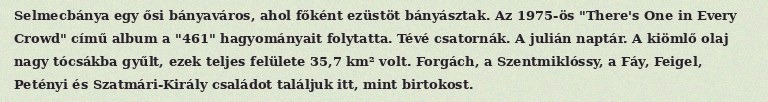
Selmecbánya egy ősi bányaváros, ahol főként ezüstöt bányásztak. Az 1975-ös "There's One in Every Crowd" című album a "461" hagyományait folytatta. Tévé csatornák. A julián naptár. A kiömlő olaj nagy tócsákba gyűlt, ezek teljes felülete 35,7 km² volt. Forgách, a Szentmiklóssy, a Fáy, Feigel, Petényi és Szatmári-Király családot találjuk itt, mint birtokost.